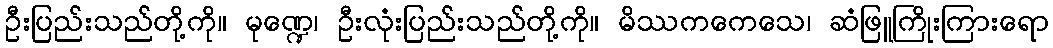
ဦးပြည်းသည်တို့ကို။ မုဏ္ဍေ၊ ဦးလုံးပြည်းသည်တို့ကို။ မိဿကကေသေ၊ ဆံဖြူကြိုးကြားရော